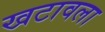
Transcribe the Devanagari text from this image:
खटावला